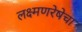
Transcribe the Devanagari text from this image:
लक्ष्मणरेषेचा